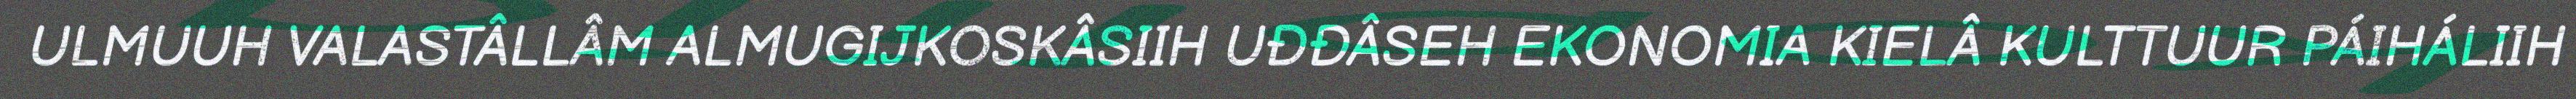
ULMUUH VALASTÂLLÂM ALMUGIJKOSKÂSIIH UĐĐÂSEH EKONOMIA KIELÂ KULTTUUR PÁIHÁLIIH